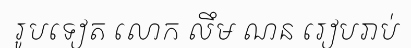
រូបទៀត លោក លឹម ណន រៀបរាប់